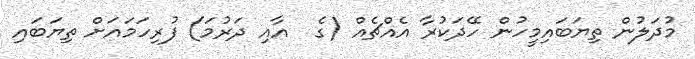
މުދަލުން ތިޔަބައިމީހުން ހޭދަކުރާ އެއްޗެއް (ގެ  އާއި ދަރުމަ) ފުރިހަމައަށް ތިޔަބައި